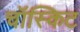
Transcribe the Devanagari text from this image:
चॉस्किट